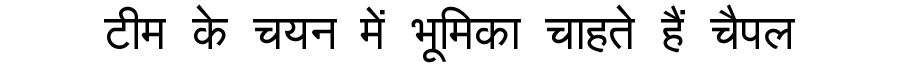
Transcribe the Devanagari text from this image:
टीम के चयन में भूमिका चाहते हैं चैपल